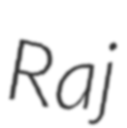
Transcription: Raj